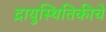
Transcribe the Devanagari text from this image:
द्रायुस्थितिकीचे